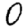
Digit: 0